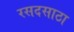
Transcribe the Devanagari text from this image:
रसदसाठा